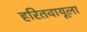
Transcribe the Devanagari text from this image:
हरितवायूला